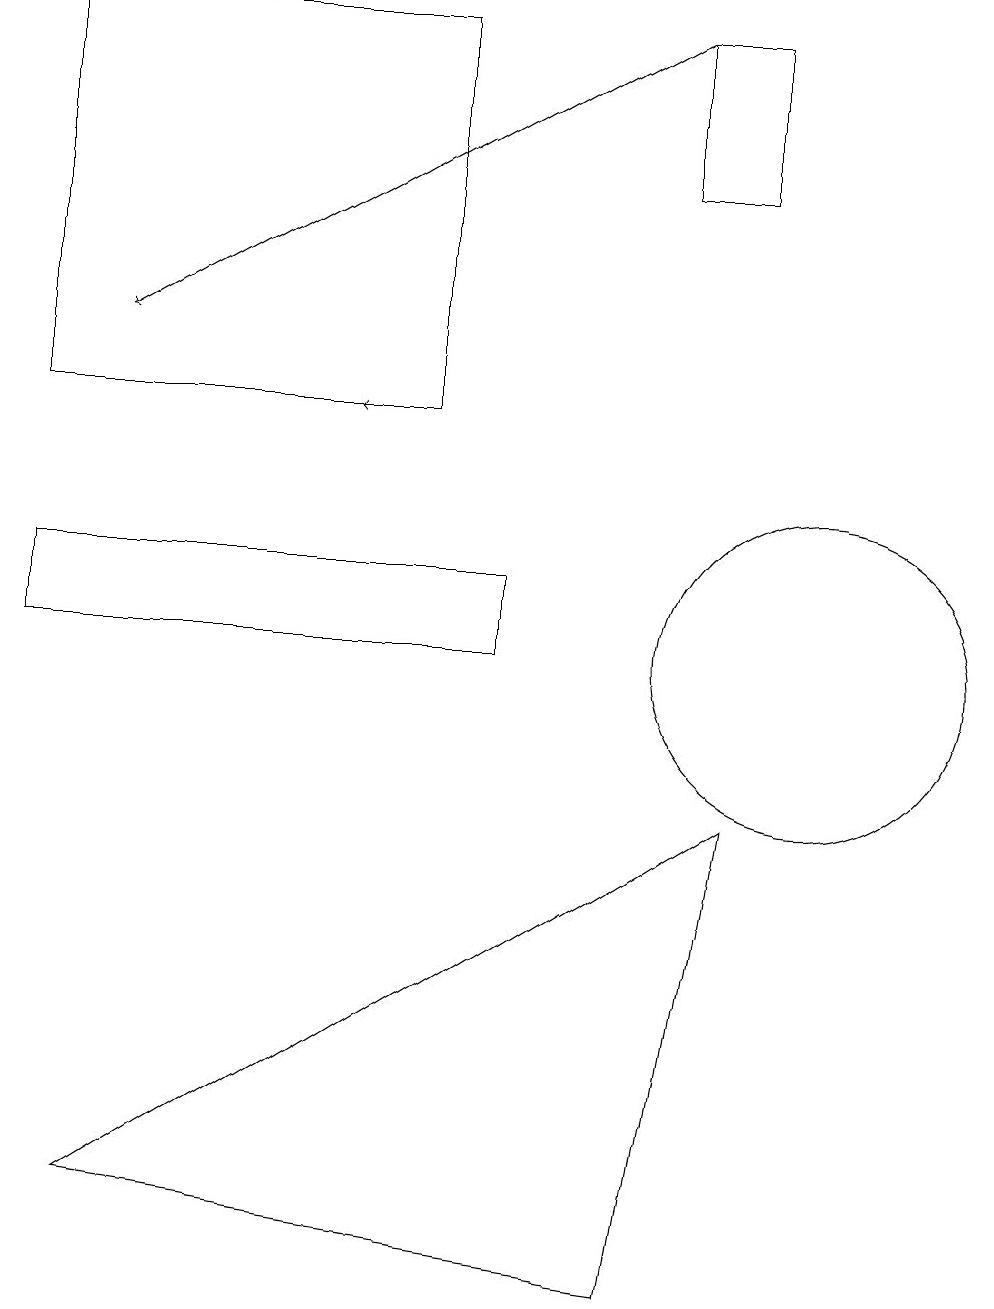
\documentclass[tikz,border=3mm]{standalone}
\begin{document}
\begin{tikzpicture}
\draw (5,14) rectangle (0,19);
\draw[->] (5,14) -- (4,14);
\draw (6,12) rectangle (0,11);
\draw (9,9) -- (8,3) -- (1,4) -- cycle;
\draw (10,11) circle (2);
\draw[->] (8,19) -- (1,15);
\draw (9,17) rectangle (8,19);
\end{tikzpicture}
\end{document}